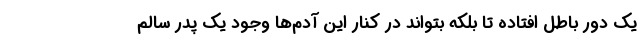
یک دور باطل افتاده تا بلکه بتواند در کنار این آدم‌ها وجود یک پدر سالم